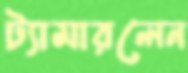
ট্যামারলেন